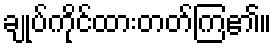
ချုပ်ကိုင်ထားတတ်ကြ၏။